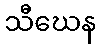
သီဃေန